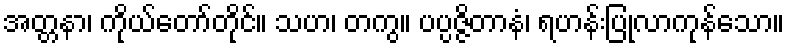
အတ္တနာ၊ ကိုယ်တော်တိုင်။ သဟ၊ တကွ။ ပပ္ပဇ္ဇိတာနံ၊ ရဟန်းပြုလာကုန်သော။